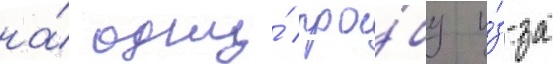
на́ одну́ про́бу и́з-за